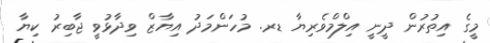
މީގެ އިތުރުން ދީނީ އިލްމްވެރިޔާ ޑރ. މުހަންމަދު އިޔާޒް ވިދާޅުވީ ޖާބިރު ކިޔާ